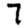
Digit: 7